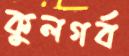
কুলগর্ব